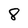
Character: 8